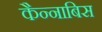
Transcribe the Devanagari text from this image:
कैन्नाबिस